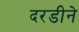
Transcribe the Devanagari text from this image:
दरडीने